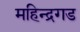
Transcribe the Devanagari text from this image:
महिन्द्रगड